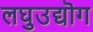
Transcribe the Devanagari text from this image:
लघुउद्यॊग